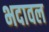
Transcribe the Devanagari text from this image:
भदावल